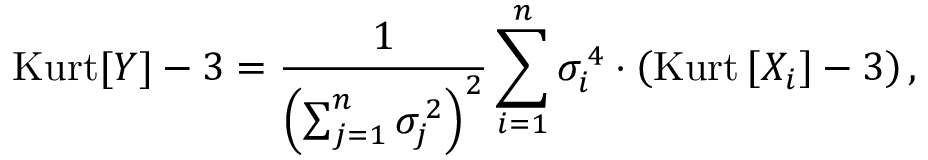
\operatorname { K u r t } [ Y ] - 3 = { \frac { 1 } { \left( \sum _ { j = 1 } ^ { n } \sigma _ { j } ^ { \, 2 } \right) ^ { 2 } } } \sum _ { i = 1 } ^ { n } \sigma _ { i } ^ { \, 4 } \cdot \left( \operatorname { K u r t } \left[ X _ { i } \right] - 3 \right) ,